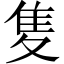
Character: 𨾏